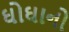
ઘોઘાનો